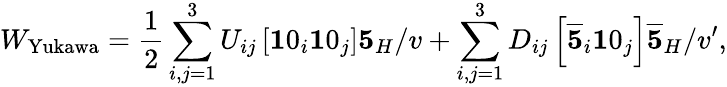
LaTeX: W_{\mathrm{Yukawa}}=\frac{1}{2}\sum_{i,j=1}^{3}U_{ij}\left[{\mathbf 10}_{i}{\mathbf 10}_{j}\right]{\mathbf 5}_{H}/v+\sum_{i,j=1}^{3}D_{ij}\left[\overline{{{{\mathbf 5}}}}_{i}{\mathbf 10}_{j}\right]\overline{{{{\mathbf 5}}}}_{H}/v^{\prime},